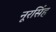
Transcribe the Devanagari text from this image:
नूरसिंह